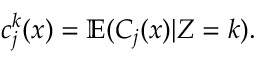
c _ { j } ^ { k } ( x ) = \mathbb { E } ( C _ { j } ( x ) | Z = k ) .